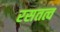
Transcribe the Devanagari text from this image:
रसतत्व